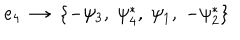
{ e _ { 4 } } ~ \rightarrow ~ \{ - \psi _ { 3 } , \; \psi _ { 4 } ^ { * } , \; \psi _ { 1 } , \; - \psi _ { 2 } ^ { * } \}